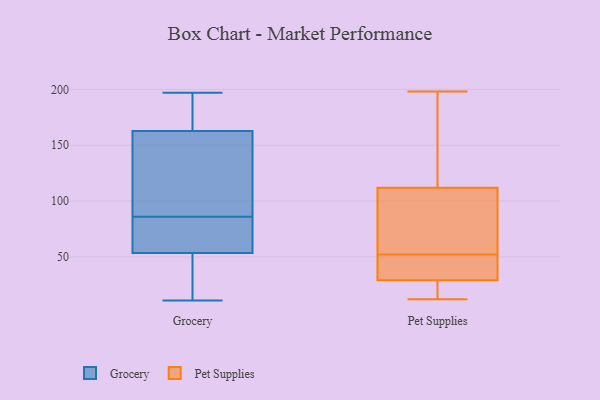
{"axis": {"x": "Market Share (%)", "y": "Value"}, "legend": ["Grocery", "Pet Supplies"], "data": [{"x": "", "y": 86, "type": "Grocery"}, {"x": "", "y": 83, "type": "Grocery"}, {"x": "", "y": 11, "type": "Grocery"}, {"x": "", "y": 116, "type": "Grocery"}, {"x": "", "y": 32, "type": "Grocery"}, {"x": "", "y": 58, "type": "Grocery"}, {"x": "", "y": 151, "type": "Grocery"}, {"x": "", "y": 64, "type": "Grocery"}, {"x": "", "y": 162, "type": "Grocery"}, {"x": "", "y": 188, "type": "Grocery"}, {"x": "", "y": 34, "type": "Grocery"}, {"x": "", "y": 163, "type": "Grocery"}, {"x": "", "y": 168, "type": "Grocery"}, {"x": "", "y": 40, "type": "Grocery"}, {"x": "", "y": 175, "type": "Grocery"}, {"x": "", "y": 52, "type": "Grocery"}, {"x": "", "y": 197, "type": "Grocery"}, {"x": "", "y": 152, "type": "Grocery"}, {"x": "", "y": 64, "type": "Grocery"}, {"x": "", "y": 159, "type": "Pet Supplies"}, {"x": "", "y": 29, "type": "Pet Supplies"}, {"x": "", "y": 198, "type": "Pet Supplies"}, {"x": "", "y": 46, "type": "Pet Supplies"}, {"x": "", "y": 71, "type": "Pet Supplies"}, {"x": "", "y": 112, "type": "Pet Supplies"}, {"x": "", "y": 26, "type": "Pet Supplies"}, {"x": "", "y": 188, "type": "Pet Supplies"}, {"x": "", "y": 87, "type": "Pet Supplies"}, {"x": "", "y": 107, "type": "Pet Supplies"}, {"x": "", "y": 49, "type": "Pet Supplies"}, {"x": "", "y": 34, "type": "Pet Supplies"}, {"x": "", "y": 55, "type": "Pet Supplies"}, {"x": "", "y": 22, "type": "Pet Supplies"}, {"x": "", "y": 160, "type": "Pet Supplies"}, {"x": "", "y": 12, "type": "Pet Supplies"}, {"x": "", "y": 26, "type": "Pet Supplies"}, {"x": "", "y": 34, "type": "Pet Supplies"}]}